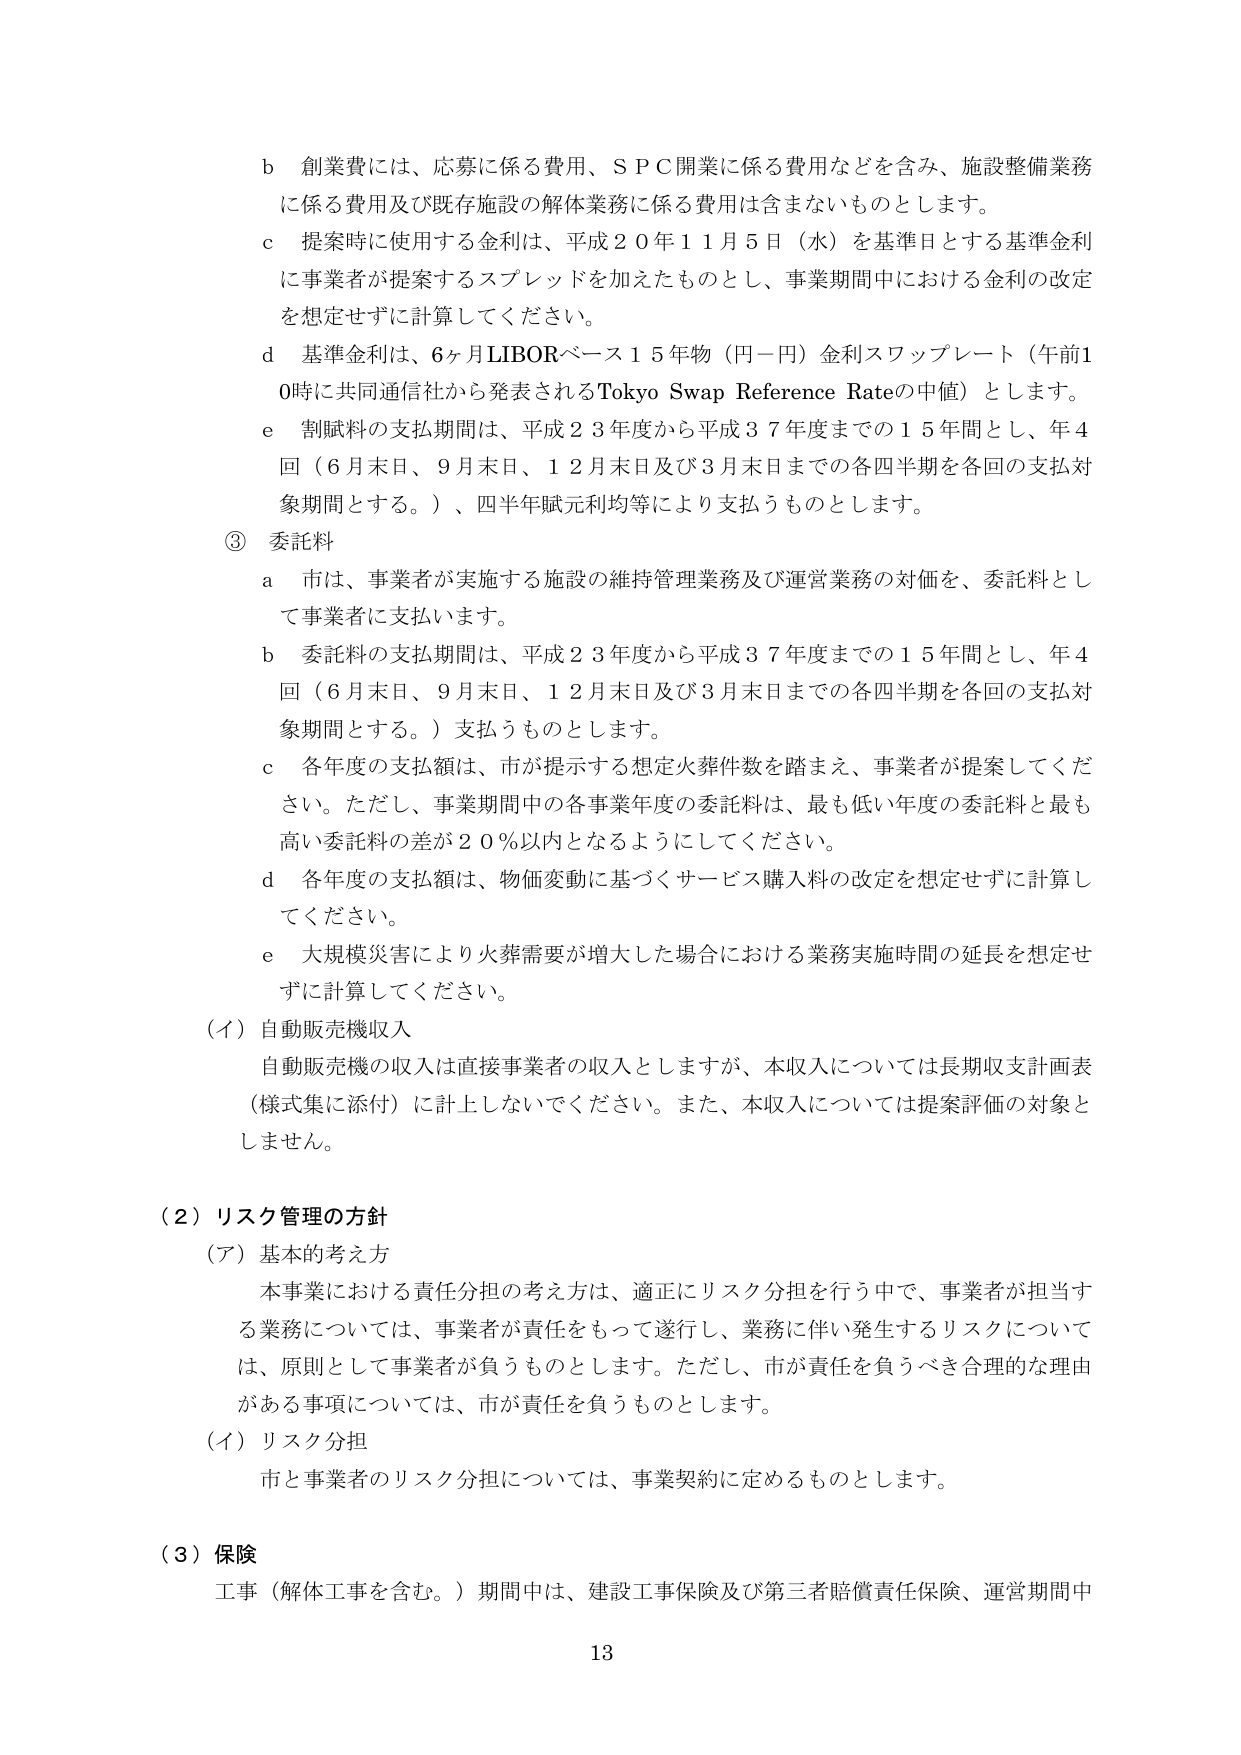
b 創業費には、応募に係る費用、ＳＰＣ開業に係る費用などを含み、施設整備業務に係る費用及び既存施設の解体業務に係る費用は含まないものとします。

c 提案時に使用する金利は、平成２０年１１月５日（水）を基準日とする基準金利に事業者が提案するスプレッドを加えたものとし、事業期間中における金利の改定を想定せずに計算してください。

d 基準金利は、６ヶ月LIBORベース１５年物（円－円）金利スワップレート（午前10時に共同通信社から発表されるTokyo Swap Reference Rateの中値）とします。

e 割賦料の支払期間は、平成２３年度から平成３７年度までの１５年間とし、年４回（６月末日、９月末日、１２月末日及び３月末日までの各四半期を各回の支払対象期間とする。）、四半年賦元利均等により支払うものとします。

③ 委託料

a 市は、事業者が実施する施設の維持管理業務及び運営業務の対価を、委託料として事業者に支払います。

b 委託料の支払期間は、平成２３年度から平成３７年度までの１５年間とし、年４回（６月末日、９月末日、１２月末日及び３月末日までの各四半期を各回の支払対象期間とする。）支払うものとします。

c 各年度の支払額は、市が提示する想定火葬件数を踏まえ、事業者が提案してください。ただし、事業期間中の各事業年度の委託料は、最も低い年度の委託料と最も高い委託料の差が２０％以内となるようにしてください。

d 各年度の支払額は、物価変動に基づくサービス購入料の改定を想定せずに計算してください。

e 大規模災害により火葬需要が増大した場合における業務実施時間の延長を想定せずに計算してください。

（イ）自動販売機収入

自動販売機の収入は直接事業者の収入としますが、本収入については長期収支計画表（様式集に添付）に計上しないでください。また、本収入については提案評価の対象としません。

（２）リスク管理の方針

（ア）基本的考え方

本事業における責任分担の考え方は、適正にリスク分担を行う中で、事業者が担当する業務については、事業者が責任をもって遂行し、業務に伴い発生するリスクについては、原則として事業者が負うものとします。ただし、市が責任を負うべき合理的な理由がある事項については、市が責任を負うものとします。

（イ）リスク分担

市と事業者のリスク分担については、事業契約に定めるものとします。

（３）保険

工事（解体工事を含む。）期間中は、建設工事保険及び第三者賠償責任保険、運営期間中

13